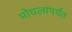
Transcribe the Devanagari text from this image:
मोघलांपर्यंत